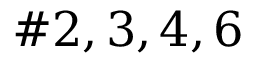
\# 2 , 3 , 4 , 6